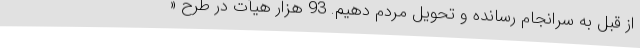
از قبل به سرانجام رسانده و تحویل مردم دهیم. 93 هزار هیأت در طرح «